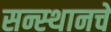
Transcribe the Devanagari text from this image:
सन्स्थानचे